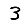
Digit: 3